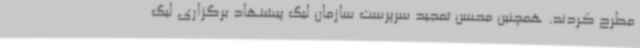
مطرح کردند. همچنین محسن تمجید سرپرست سازمان لیگ پیشنهاد برگزاری لیگ